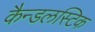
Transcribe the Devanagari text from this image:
कैन्डलस्टिक